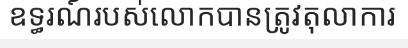
ឧទ្ធរណ៍របស់លោកបានត្រូវតុលាការ